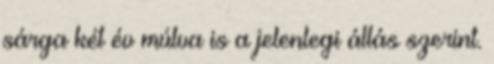
sárga két év múlva is a jelenlegi állás szerint.